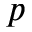
p